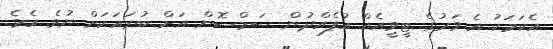
އެކަމަކު އެ ވަރުގެ ޓީވީއެއް އުފެއްދުން ސަމްސޮން އަށް ބުރައަކަށް ނުވެ އެވެ.